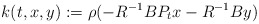
\begin{align*}k(t,x,y):=\rho(-R^{-1}BP_tx-R^{-1}By)\quad\end{align*}